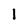
Character: 1